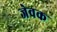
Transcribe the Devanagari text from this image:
जेवक